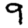
Digit: 9